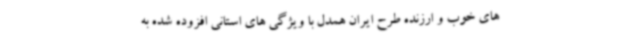
های خوب و ارزنده طرح ایران همدل با ویژگی های استانی افزوده شده به